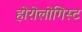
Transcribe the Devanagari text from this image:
होरोलोगिस्ट